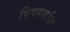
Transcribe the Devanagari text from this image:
पिपरगांव